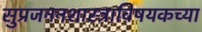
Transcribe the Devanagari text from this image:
सुप्रजननशास्त्राविषयकच्या